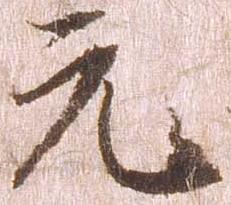
元